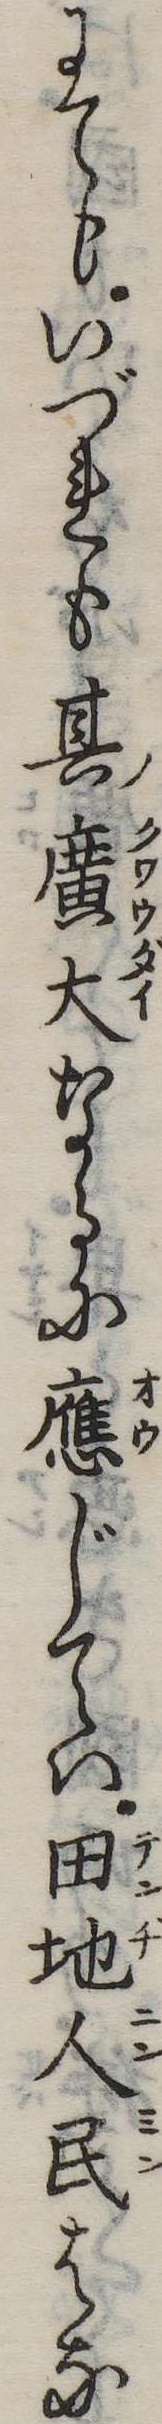
にてもいづれも其広大なるに応じては田地人民はな